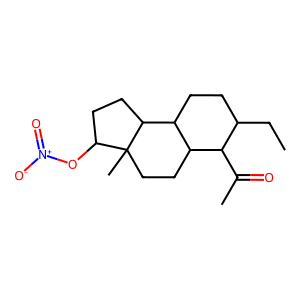
SMILES: CCC1CCC2C(CCC3(C)C(O[N+](=O)[O-])CCC23)C1C(C)=O
Inhibits HIV replication: No